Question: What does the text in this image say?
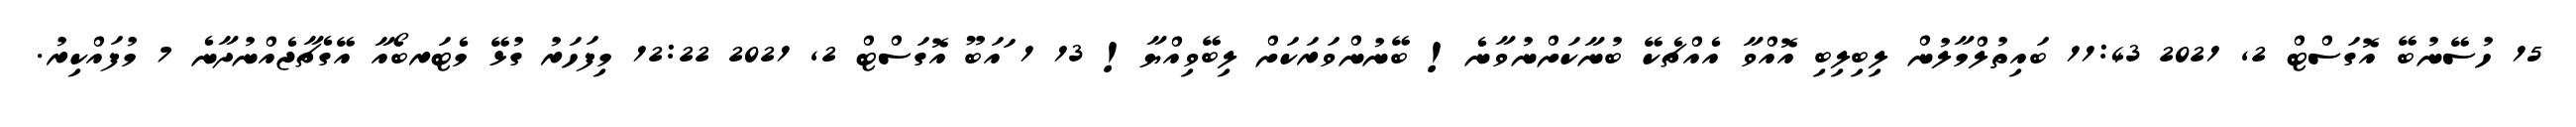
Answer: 15 ހުސޭނުބޭ އޮގަސްޓް 2, 2021 11:43 ބައިތުލްމާލުން ލިބިލިބި އޮއްވާ އެއްޗެކޭ ބުނާކަށްނުވާނެ! ބޭނުންވަރަކަށް ލިބޭވިއްޔާ! 13 1 ައަބޫ އޮގަސްޓް 2, 2021 12:22 މިފަހަރު ގުޅޭ މެޓަރބޯއާ އޭގެޗާޖެއްނުދާނެ 7 މުފައްކިރު.